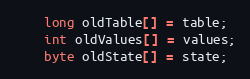
Language: Java
	long oldTable[] = table;
	int oldValues[] = values;
	byte oldState[] = state;